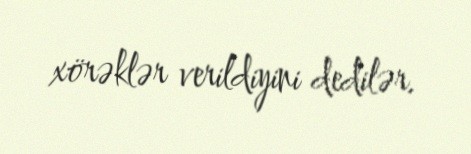
xörəklər verildiyini dedilər.